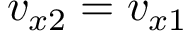
v _ { x 2 } = v _ { x 1 }